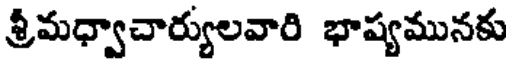
శ్రీమధ్వాచార్యులవారి భాష్యమునకు